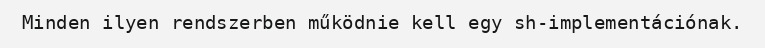
Minden ilyen rendszerben működnie kell egy sh-implementációnak.